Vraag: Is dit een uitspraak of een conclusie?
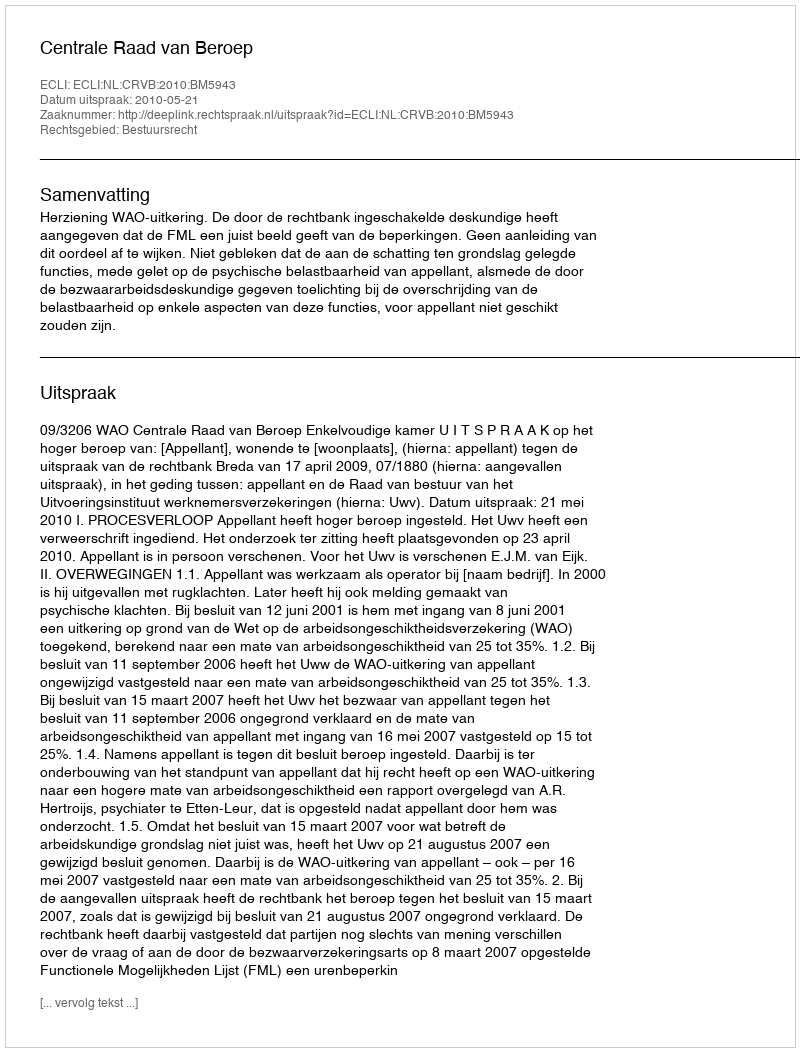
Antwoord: Uitspraak